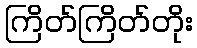
ကြိတ်ကြိတ်တိုး